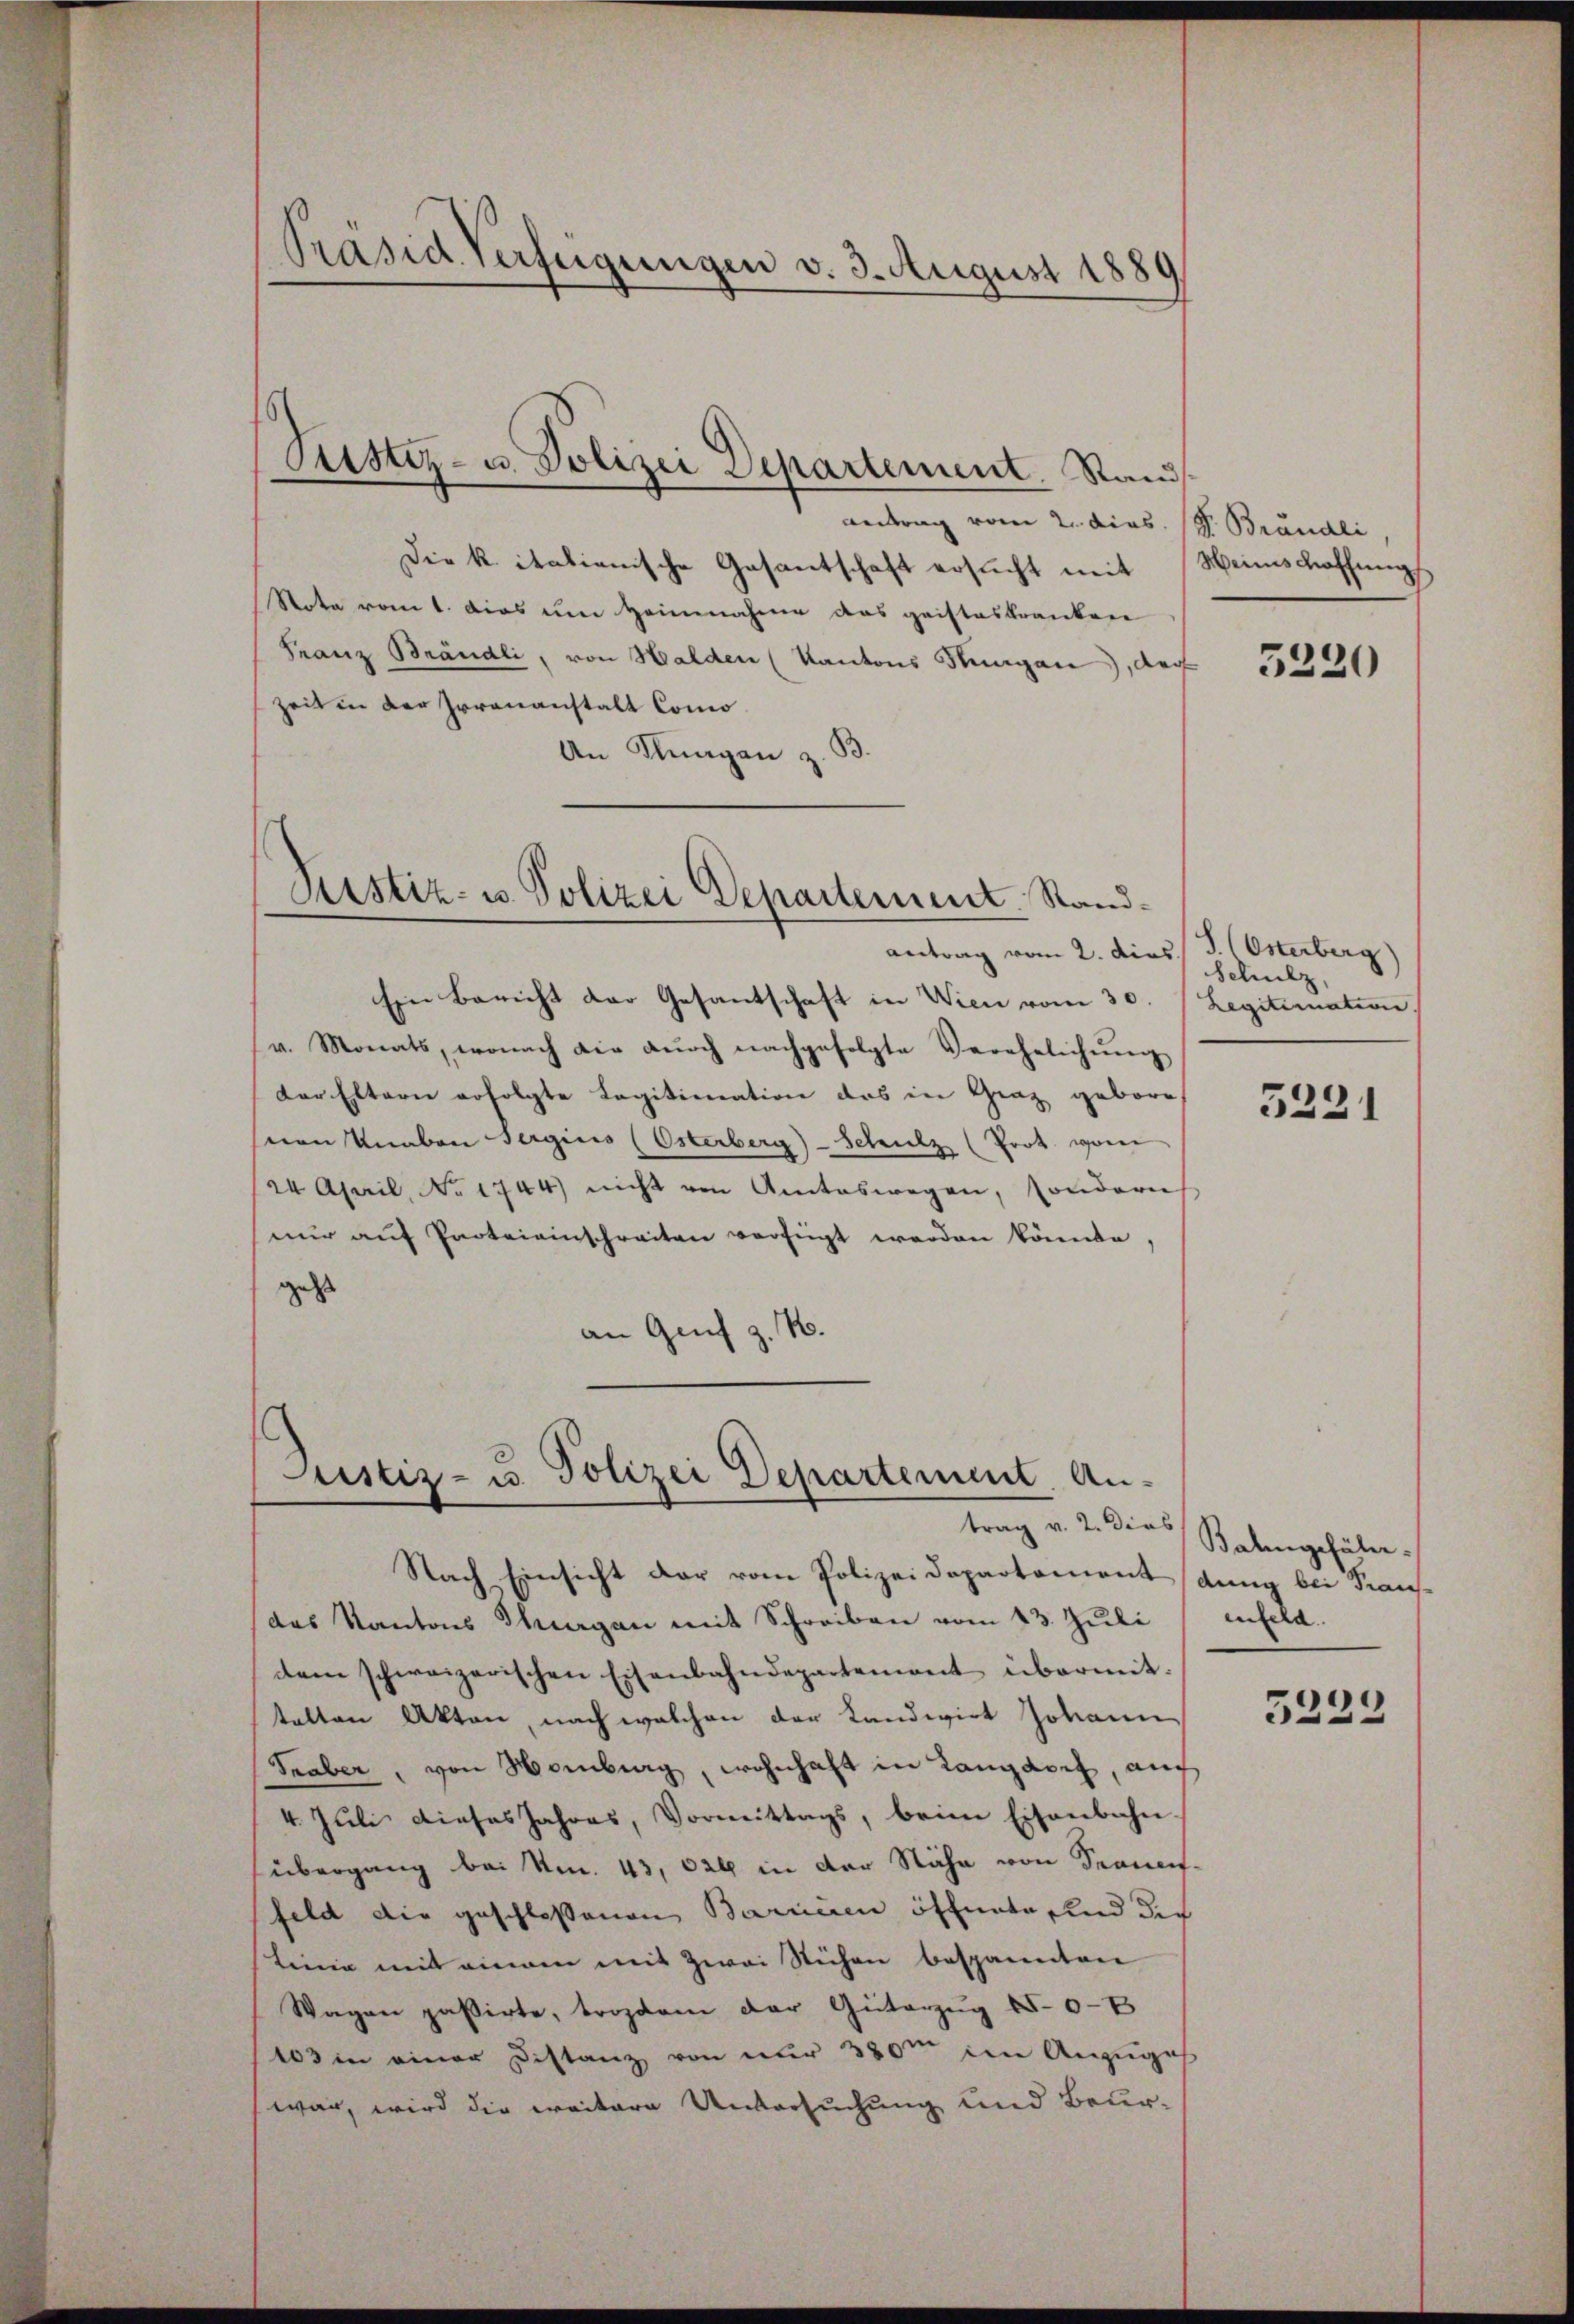
Präsid Verfügungen v. 3. August 1889

Antrag vom 2. dies. (v. Brändli
Die k. italienische Gesantschaft ersucht mit Weinschaffungs
Nota vom 1. Dies um Heinnahme das gaisteskranken
Franz Brändli, von Halden (Kantons Hungen, doch
Zeit in der Irrenanstalt Como¬
An Klagen z. B.

Pustiz- u. Polizei Departement. Stand

Pustiz- u. Polizei Departement. Stand¬

Justiz- u. Polizei Departement. An¬

antrag vom 2. Dies J. (Osterberg
Ein Bericht der Gesantschaft in Wien vom 30. (Legitimation
v. Monats, wonach die dŭrch nachgefolgte Verehelichŭng
der Eltern erfolgte Legitimation des in Graz gebore
Mon Knaben Sergins (Osterberg - Schulz (Prot. von
24. April, No. 1744) nicht von Amteswegen, sondern
nŭr aŭf Parteieinschreiten verfügt werden könnte,
geht
an Genf z. B.

Nach Einsicht der vom Polizeidepartement (dung bei Kraus-
das Kantons Thurgan mit Schreiben vom 13. Juli
dem schweizerischen Eisenbahndepartement übermit:
talten Akten, nach welchen der Landwirt Johann
Traber, von Homburg, wohnhaft in Langdorf, auch
4. Juli dieses Jahres, Vormittags, beim Eisenbahn-
übergang bei Um. 43, 620 in der Nähe von Sanen-
feld die geschlossenen Barrieren öffnete, und die
Linie mit einem mit zwei Stichen bespannten
Wagen passirte, troptam der Güterzŭg 150-8
103 in einer Distanz von nur 380m im Anzuges
war, wird die weitere Untersuchung und Beur-

5220

Schulz,

5221

trag v. 2. dies Bahngeführe.
enfeld.

3223